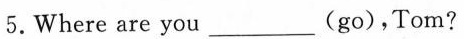
5.Where are you___(go),Tom?